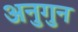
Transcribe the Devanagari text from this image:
अनुगुन